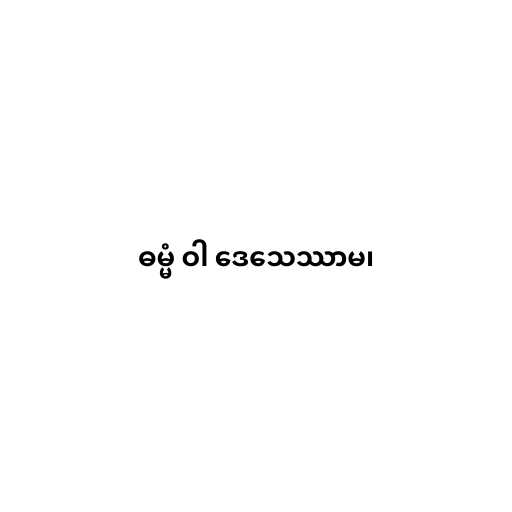
ဓမ္မံ ဝါ ဒေသေဿာမ၊